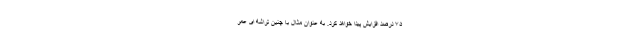
۷۵ درصد افزایش پیدا خواهد کرد. به عنوان مثال با چنین تراشه ای عمر